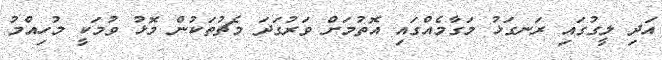
އަދި ލީގުގައި ރަނގަޅު މަގާމެއްގައި އޮތުމަށް ވަރުގަދަ މެޗުތަކުން މޮޅު ވުމަކީ މުހިއްމު